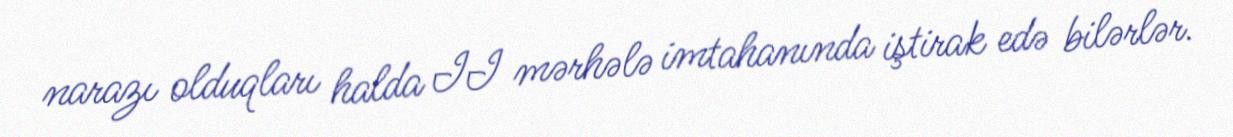
narazı olduqları halda II mərhələ imtahanında iştirak edə bilərlər.